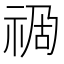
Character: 𥙯